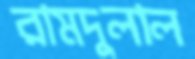
রামদুলাল